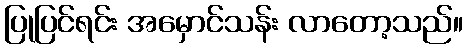
ပြုပြင်ရင်း အမှောင်သန်း လာတော့သည်။